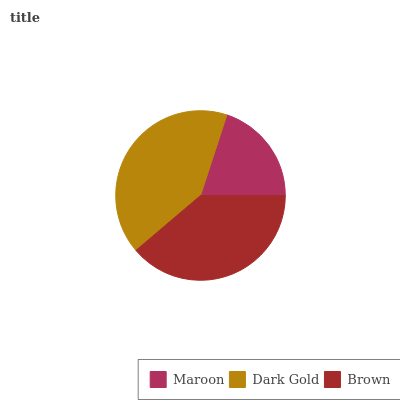
| Maroon | Dark Gold | Brown |
 | --- | --- | --- |
 | 20% | 41.2% | 38.8% |